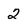
Character: 2